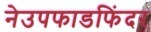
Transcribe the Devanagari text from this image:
नेउपफाडफिंदर